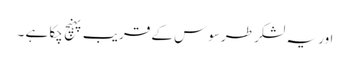
اور یہ لشکر طرسوس کے قریب پہنچ چکا ہے ۔